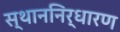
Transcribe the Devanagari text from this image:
स्थाननिर्धारण